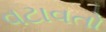
વટાવતો